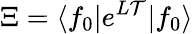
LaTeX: \Xi=\langle f_{0}|e^{L\mathcal{T}}|f_{0}\rangle